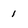
Character: 1